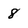
Character: 8